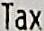
TAX